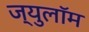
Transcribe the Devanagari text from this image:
ज्युलॉम